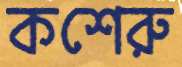
কশেরু